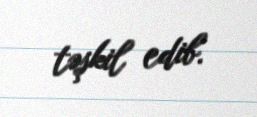
təşkil edib.